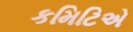
કમિટિએ